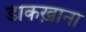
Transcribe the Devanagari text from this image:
डाकख़ाना